Annual statistical returns and brief notes on vaccination in Bengal - 1887-1898
Year: 1887
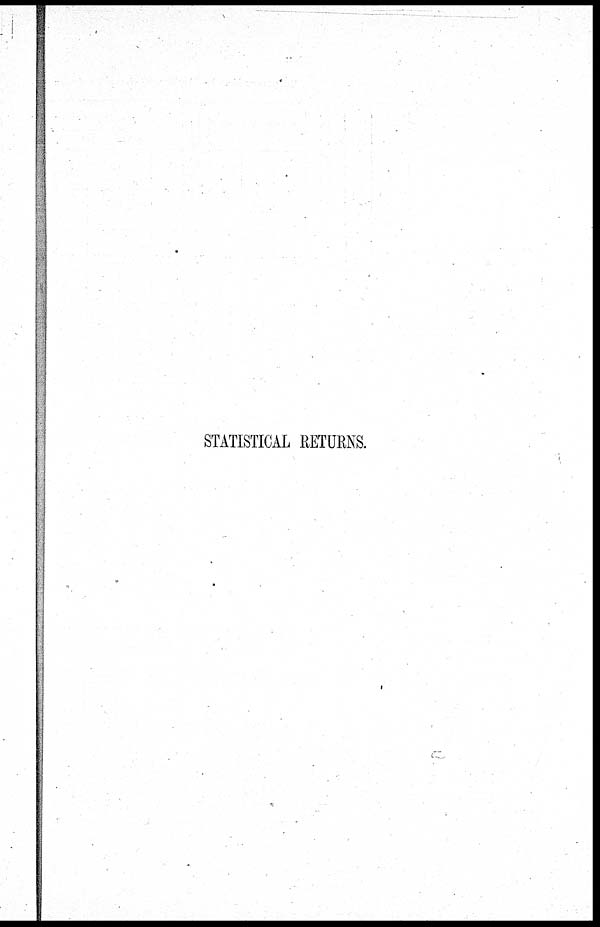
STATISTICAL RETURNS.